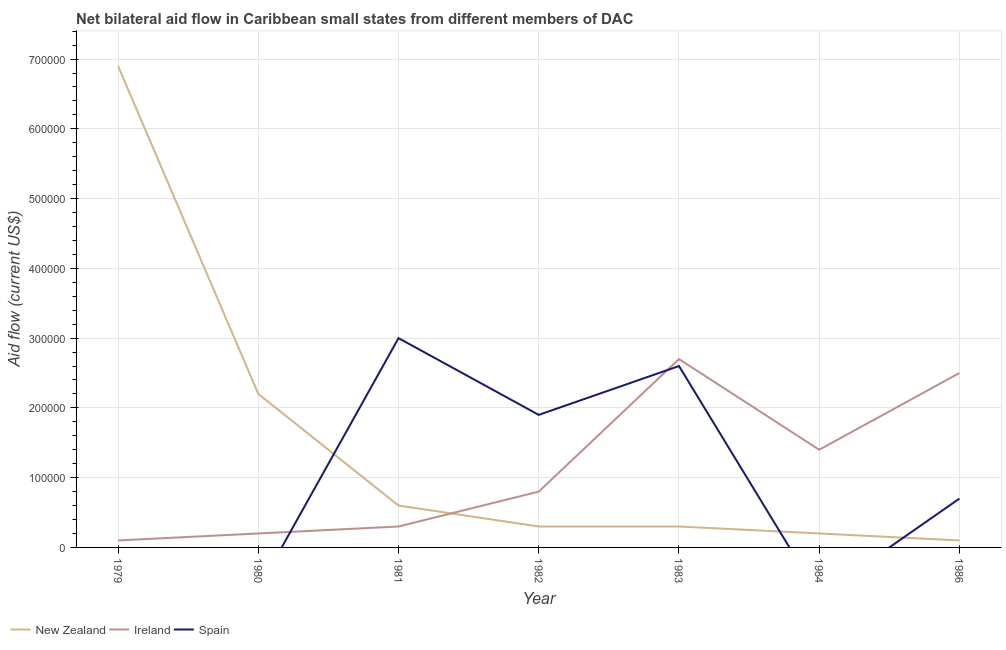
| Year | New Zealand | Ireland | Spain |
 | --- | --- | --- | --- |
 | 1979 | 6.9e+05 | 1e+04 | -3.2e+05 |
 | 1980 | 2.2e+05 | 2e+04 | -6e+04 |
 | 1981 | 6e+04 | 3e+04 | 3e+05 |
 | 1982 | 3e+04 | 8e+04 | 1.9e+05 |
 | 1983 | 3e+04 | 2.7e+05 | 2.6e+05 |
 | 1984 | 2e+04 | 1.4e+05 | -7e+04 |
 | 1986 | 1e+04 | 2.5e+05 | 7e+04 |